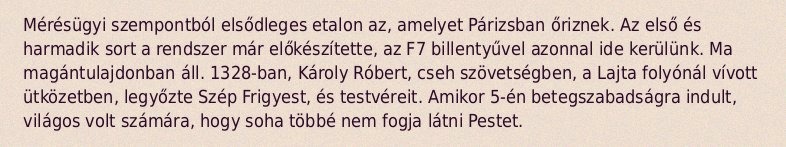
Mérésügyi szempontból elsődleges etalon az, amelyet Párizsban őriznek. Az első és harmadik sort a rendszer már előkészítette, az F7 billentyűvel azonnal ide kerülünk. Ma magántulajdonban áll. 1328-ban, Károly Róbert, cseh szövetségben, a Lajta folyónál vívott ütközetben, legyőzte Szép Frigyest, és testvéreit. Amikor 5-én betegszabadságra indult, világos volt számára, hogy soha többé nem fogja látni Pestet.